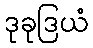
ဒုခုဒြယံ